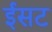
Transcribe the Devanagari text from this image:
ईसट